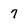
Character: 7